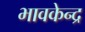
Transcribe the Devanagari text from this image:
भावकेन्द्र